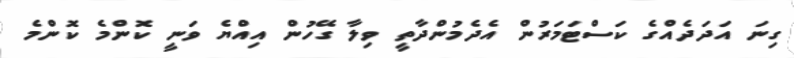
ގިނަ އަދަދެއްގެ ކަސްޓަމަރުން އެދެމުންދާތީ ވިލާ ގޭހުން އިއްޔެ ވަނީ ކޮންމެ ކޮންމެ